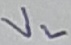
Text: VL